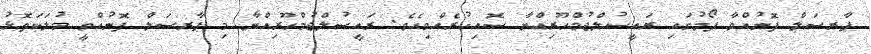
ޕާރސަލް ފޮނުއްވާ ފޯމުގައި ރައީސުލްޖުމްހޫރިއްޔާ ސޮއިކުރެއްވިއެވެ. ރައީސުލްޖުމްހޫރިއްޔާ މި ޕާރސަލް ފޮނުއްވީ މުލަކަތޮޅު